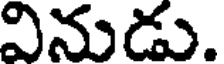
వినుడు.